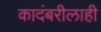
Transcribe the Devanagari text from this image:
कादंबरीलाही